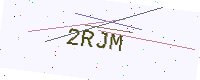
Text: 2RJM